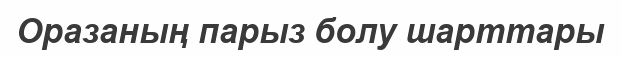
Оразаның парыз болу шарттары